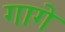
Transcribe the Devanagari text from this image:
गागे